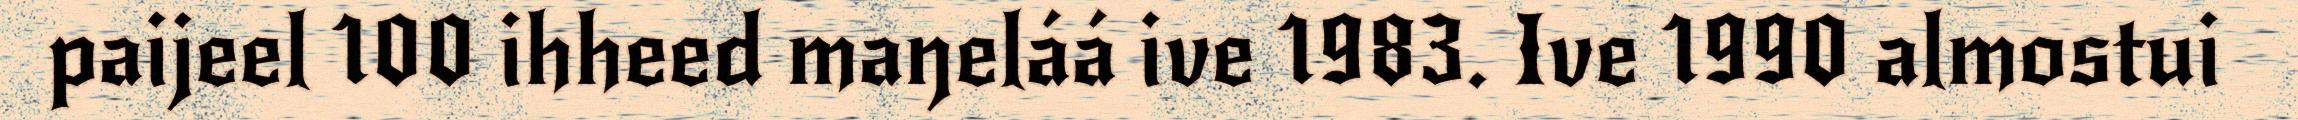
paijeel 100 ihheed maŋeláá ive 1983. Ive 1990 almostui